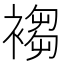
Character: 𧛸